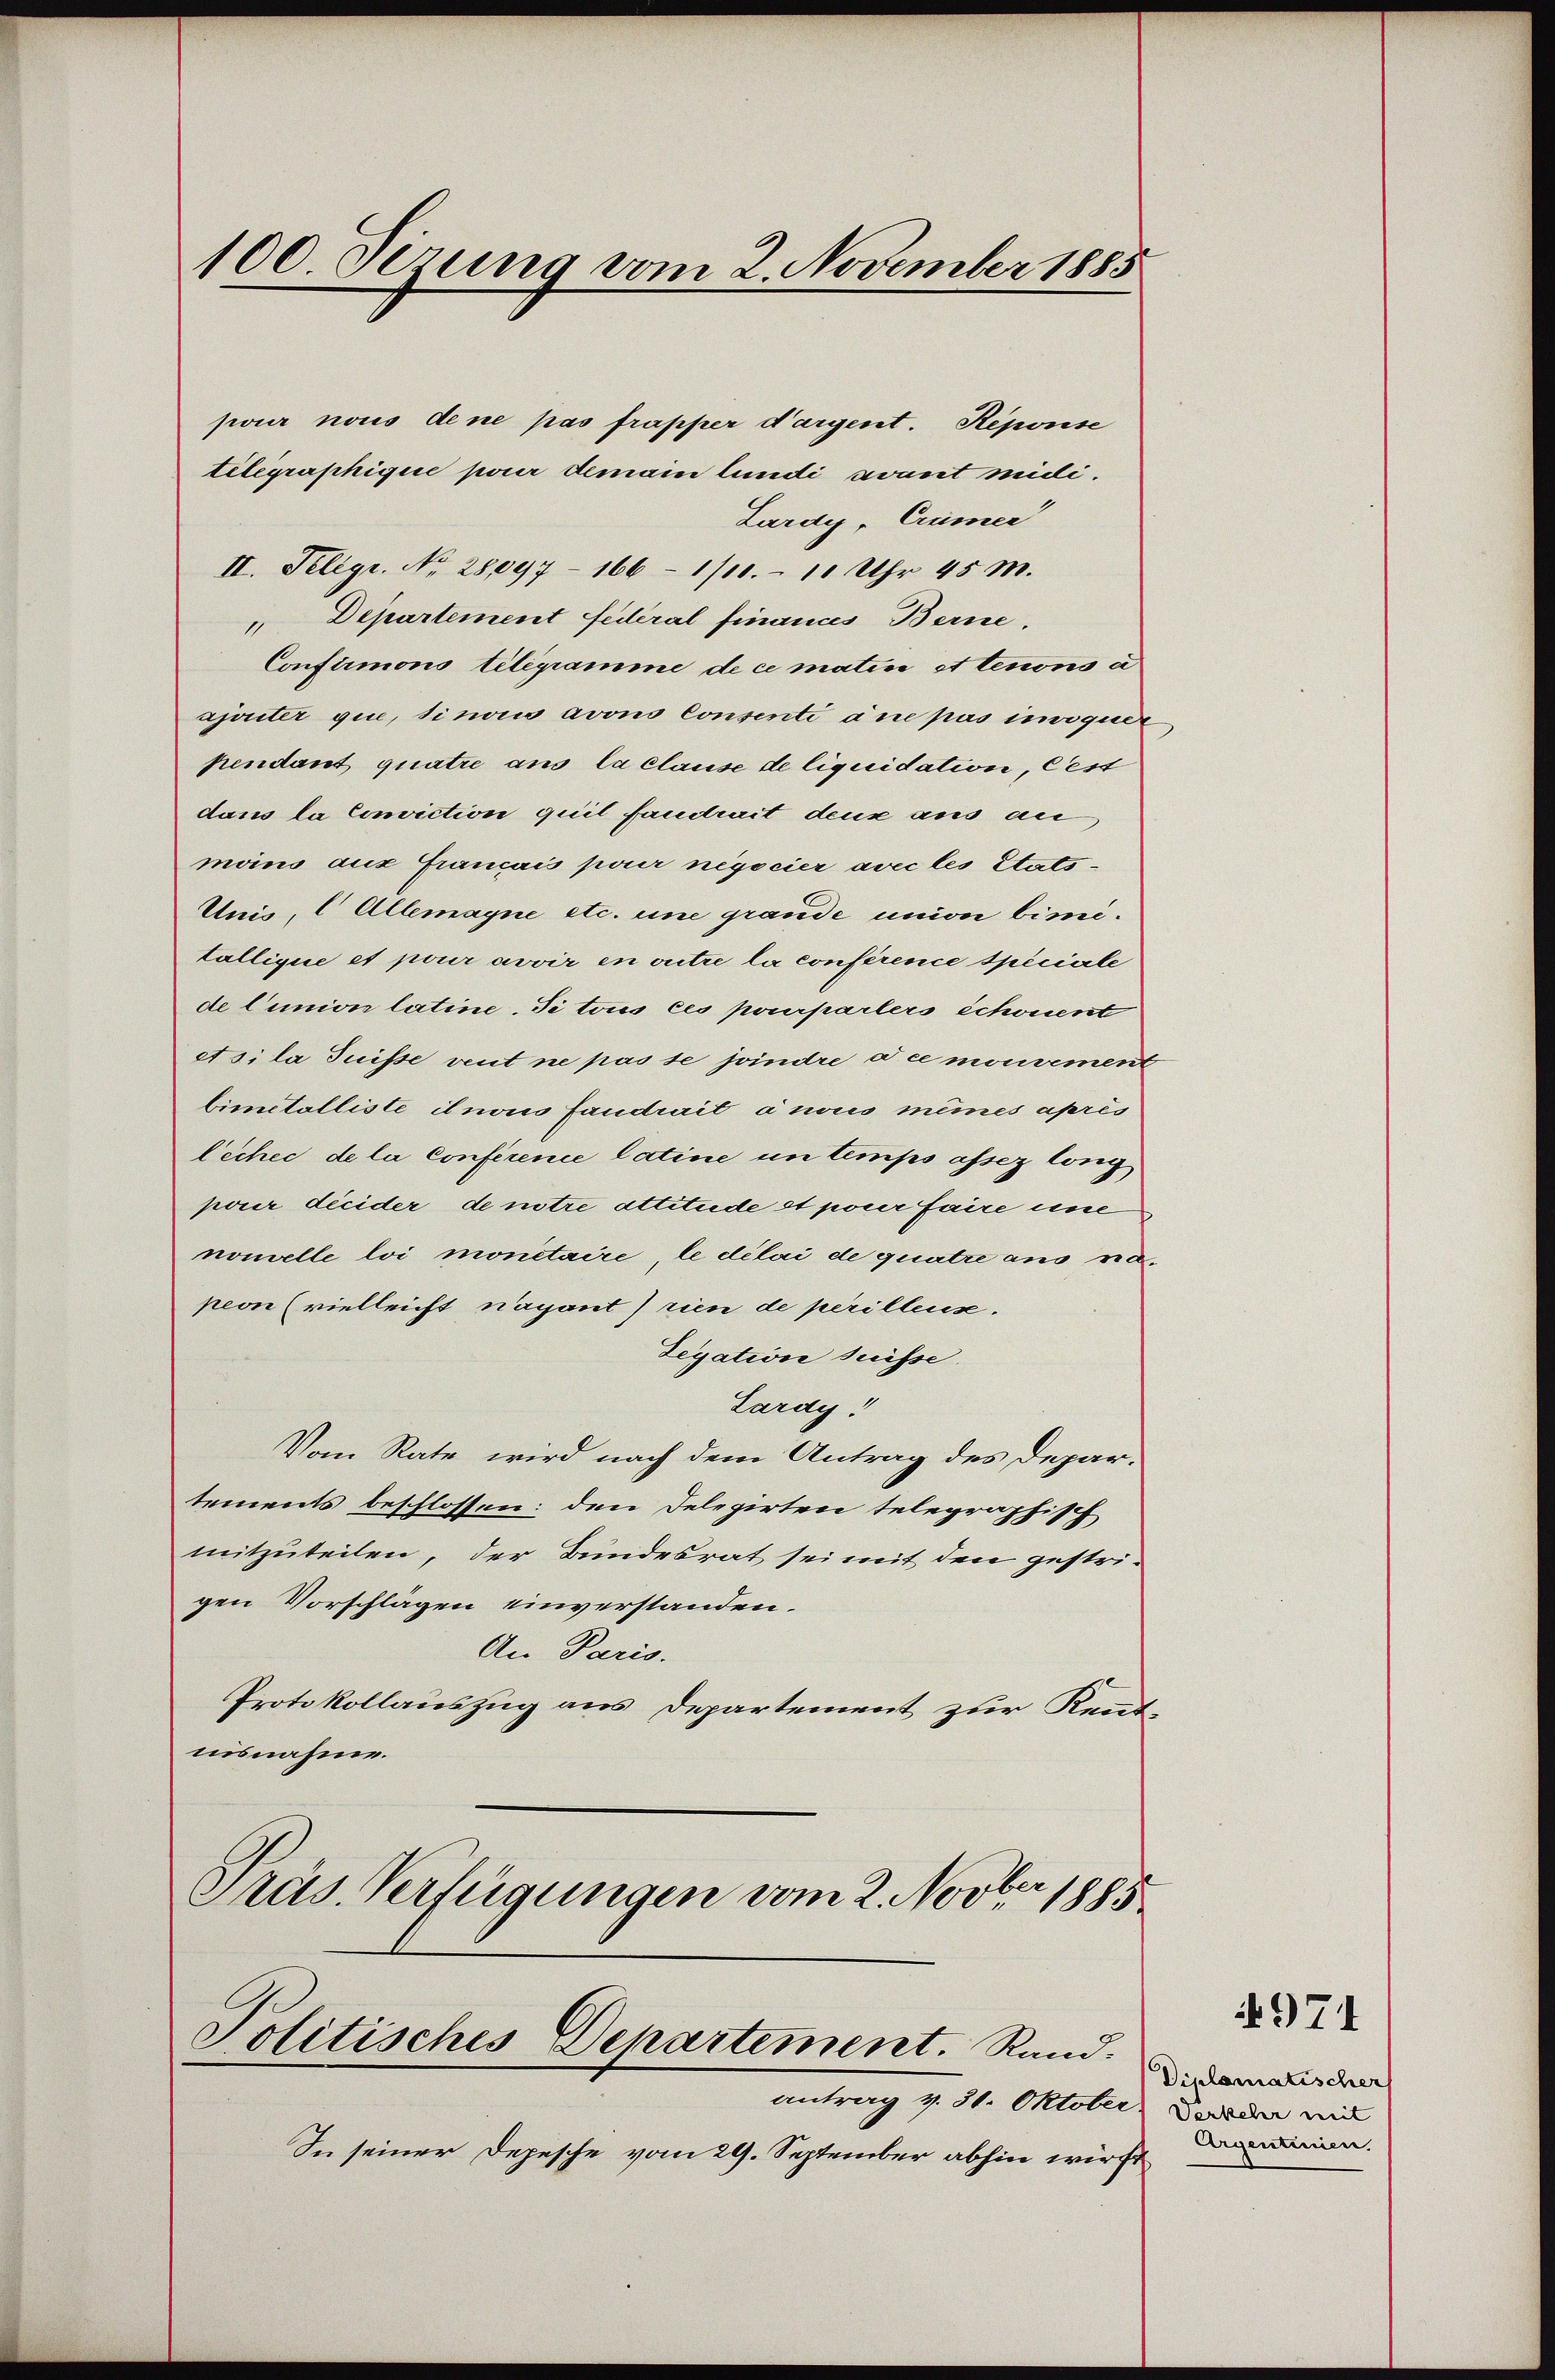
100 gerung vom 2. November 1885

jour nous dene pas frapper dargent. Reponse
telegraphique pour demain lundi avant milli¬
Lardy, Cramer
II. Telegr. No. 28,097 - 166 - 1/10.- 10 Uhr 45 M.
" Departement Federal finandes Berne.
Conflimonio telegramme de ce matis et tenons i
ajouter qui, si non avons Consenti due pas invoquer
pendant quatre ans la clause de liquidation, Gest
dans la Conviction quil fandrait deux aus an
moins aux français pour negocier avec les Stats¬
Unis, C Allemagne etc. une grande union bimitallique et pour avoir en outre la conférence speciale
de Cimion latine. Si tous ces pourparlers schonent
Asila Suisse veut ne passe joindre die mouvement
binetolliste il nous fandrait à nous meines après
lechec de la conférence Catine in temps assez long
pour décider de notre attitude et poner faire une
nouvelle loi monitaire, le délai de quatre aus napeon (vielleicht nayant rien de perillenz.
Zegation suisse
Lardy!
Vom Rate wird nach dem Antrag des Depar-
tements beschlossen: den Delegirten telegraphisch
mitzuteilen, der Bundesrat sei mit den gestrigen Vorschlägen einverstanden.
An Paris.
Protokollauszug aus Departement zur Kennt-
nisnahme.
Präs. Verfügungen vom 2. Novber 1885

Politisches Departement. Rand.

antrag v. 31. Oktober
In seiner Depesche vom 29. September abhin wirft

974

Diplomatischer
Verkeler mit
Argentinien.